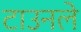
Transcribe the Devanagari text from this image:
टाउनले